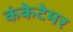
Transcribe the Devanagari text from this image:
कंकेटेमर